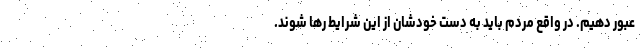
عبور دهیم. در واقع مردم باید به دست خودشان از این شرایط رها شوند.